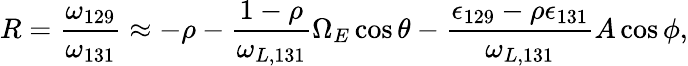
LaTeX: R=\frac{\omega_{129}}{\omega_{131}}\approx-\rho-\frac{1-\rho}{\omega_{L,131}}\Omega_{E}\cos\theta-\frac{\epsilon_{129}-\rho\epsilon_{131}}{\omega_{L,131}}A\cos\phi,